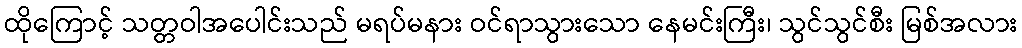
ထိုကြောင့် သတ္တဝါအပေါင်းသည် မရပ်မနား ဝင်ရာသွားသော နေမင်းကြီး၊ သွင်သွင်စီး မြစ်အလား